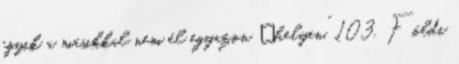
egyik a másikkal nem él egyazon „helyen”. 103. Földi